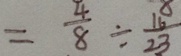
= \frac { 4 } { 8 } \div \frac { 1 6 } { 2 3 }